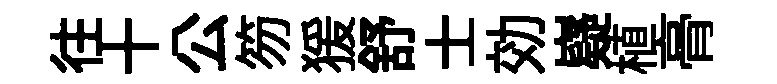
往十公笏猨舒士効嶷植𮌔